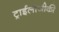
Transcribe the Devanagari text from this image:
ट्राईलोजीकी